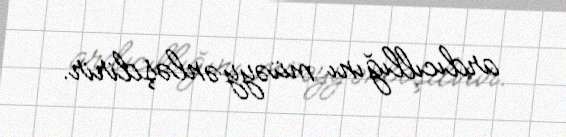
ardıcıllığını müəyyənləşdirir.